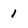
Character: 1